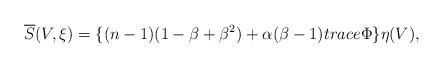
LaTeX: \begin{align*}\overline{S}(V,\xi)=\{(n-1)(1-\beta+\beta^{2})+\alpha(\beta-1)trace\Phi\}\eta(V), \end{align*}